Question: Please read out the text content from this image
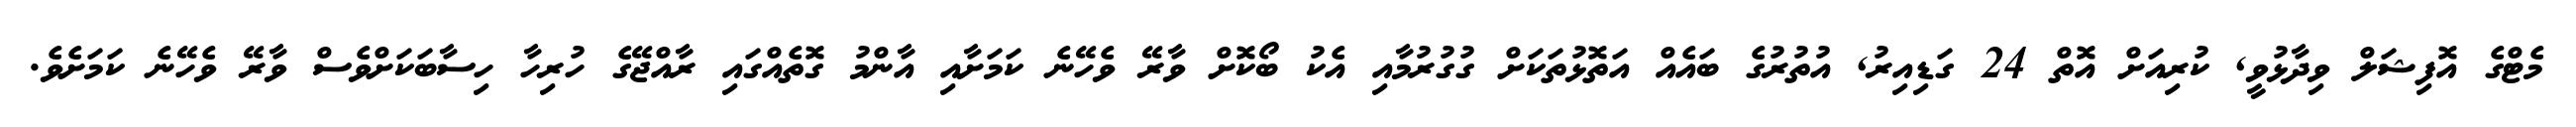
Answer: މެޓްގެ އޮފިޝަލް ވިދާޅުވީ, ކުރިއަށް އޮތް 24 ގަޑިއިރު, އުތުރުގެ ބައެއް އަތޮޅުތަކަށް ގުގުރުމާއި އެކު ބޯކޮށް ވާރޭ ވެހޭނެ ކަމަށާއި އާންމު ގޮތެއްގައި ރާއްޖޭގެ ހުރިހާ ހިސާބަކަށްވެސް ވާރޭ ވެހޭނެ ކަމަށެވެ.